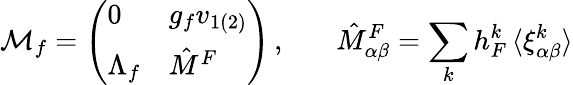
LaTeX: {\cal M}_{f}=\left(\begin{array}{ll}{{0}}&{{g_{f}v_{1(2)}}}\\ {{\Lambda_{f}}}&{{\hat{M}^{F}}}\end{array}\right)\, ,~~~~~~~\hat{M}_{\alpha\beta}^{F}=\sum_{k}h_{F}^{k}\, \langle\xi_{\alpha\beta}^{k}\rangle